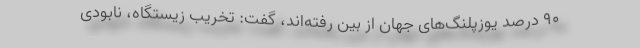
۹۰ درصد یوزپلنگ‌های جهان از بین رفته‌اند، گفت: تخریب زیستگاه، نابودی